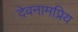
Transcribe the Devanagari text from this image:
देवनामप्रिय